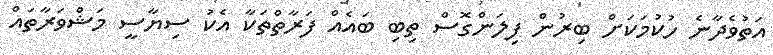
އަތުވެދާނެ ހުކުމަކަށް ބިރުން ފިލަންގޮސް ތިބި ބައެއް ފަރާތްތަކާ އެކު ސިޔާސީ މަޝްވަރާތައް